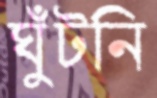
ঘুঁটনি